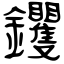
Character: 钁